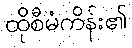
ထိုစီမံကိန်း၏